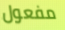
مفعول